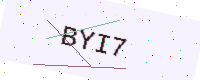
Text: BYI7